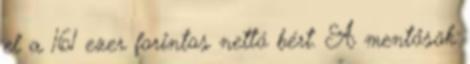
el a 161 ezer forintos nettó bért. A mentősök